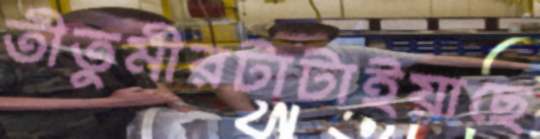
তীতুমীরটাটাইয়াছে